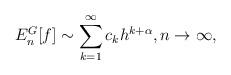
LaTeX: \begin{align*}E_{n}^{G}[f] \sim \sum_{k = 1}^{\infty} c_k h^{k+\alpha}, n\rightarrow\infty,\end{align*}